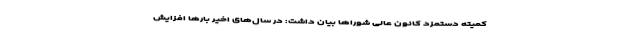
کمیته دستمزد کانون عالی شوراها بیان داشت: در سال‌های اخیر بارها افزایش